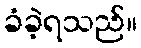
ခံခဲ့ရသည်။